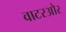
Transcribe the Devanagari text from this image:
वाटरऔर